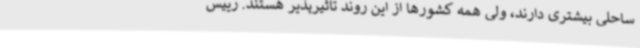
ساحلی بیشتری دارند، ولی همه کشورها از این روند تاثیرپذیر هستند. رییس